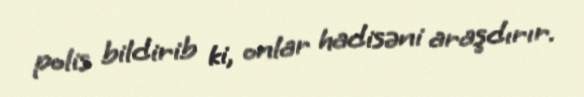
polis bildirib ki, onlar hadisəni araşdırır.